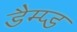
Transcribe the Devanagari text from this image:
डैम्प्ड